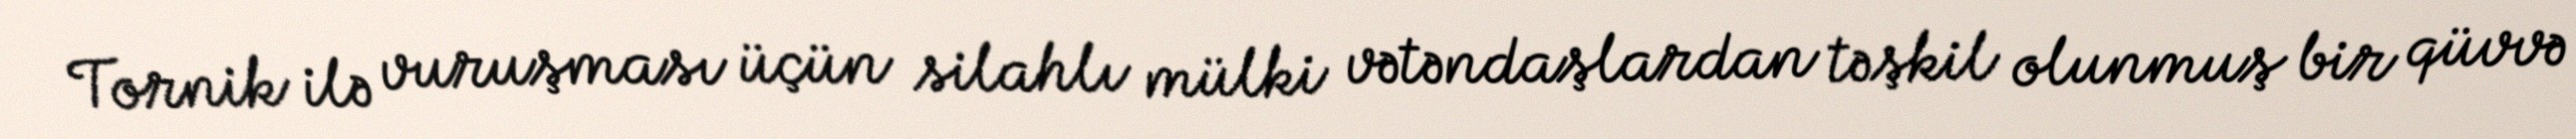
Tornik ilə vuruşması üçün silahlı mülki vətəndaşlardan təşkil olunmuş bir qüvvə